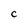
Character: c